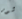
شور